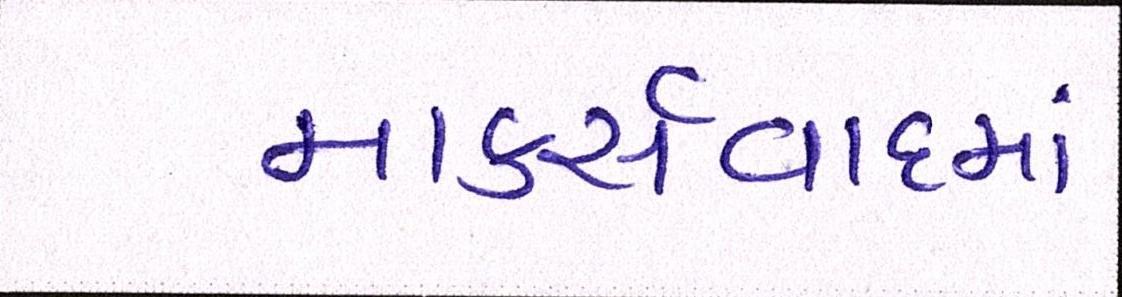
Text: માર્ક્સવાદમાં